画像に写った文字を読んでください
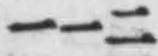
「一一二」と書いてあります